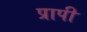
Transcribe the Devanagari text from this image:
प्रापी